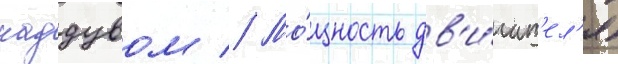
наддувом // Мо́щность дв'и́гат'ел'я